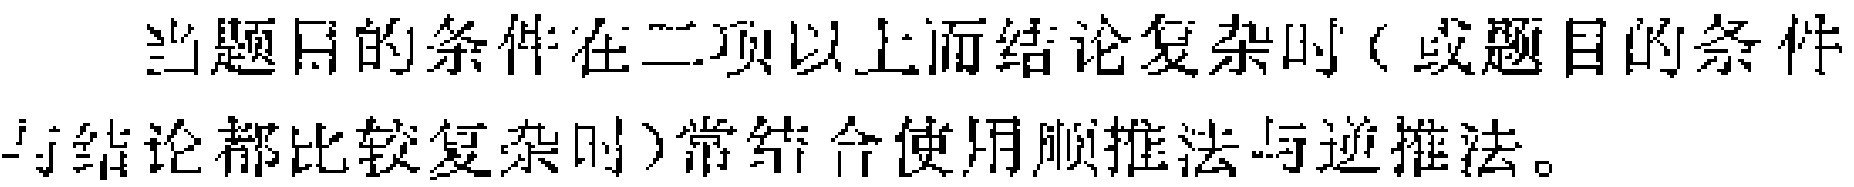
当题目的条件在二项以上而结论复杂时（或题目的条件与结论都比较复杂时）常结合使用顺推法与逆推法。